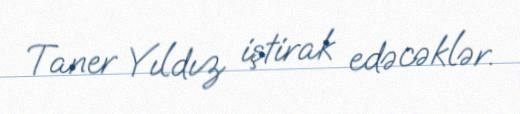
Taner Yıldız iştirak edəcəklər.